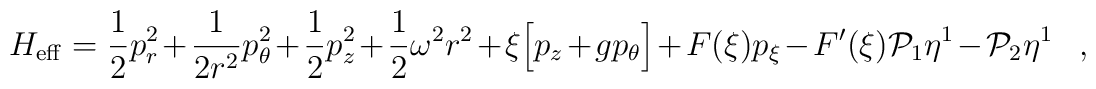
H_{\rm eff}=\frac{1}{2}p^2_r+\frac{1}{2r^2}p^2_\theta+\frac{1}{2}p^2_z+\frac{1}{2}\omega^2r^2+\xi\Big[p_z+gp_\theta\Big]+F(\xi)p_\xi-F'(\xi){\cal P}_1\eta^1-{\cal P}_2\eta^1\ \ \ ,